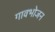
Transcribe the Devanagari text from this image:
गावभोजन